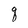
Character: q